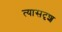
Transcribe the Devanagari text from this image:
त्यासदृश